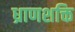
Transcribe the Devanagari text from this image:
ध्राणशक्ति